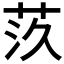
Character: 𦮛